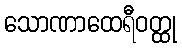
သောဏာထေရီဝတ္ထု